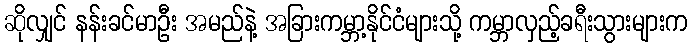
ဆိုလျှင် နန်းခင်မာဦး အမည်နဲ့ အခြားကမ္ဘာ့နိုင်ငံများသို့ ကမ္ဘာလှည့်ခရီးသွားများက